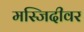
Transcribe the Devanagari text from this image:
मस्जिदीवर